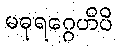
မဓုရဂ္ဂေဟိပိ